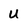
Character: U